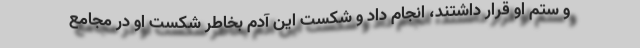
و ستم او قرار داشتند، انجام داد و شکست این آدم بخاطر شکست او در مجامع